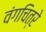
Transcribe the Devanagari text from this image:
वंगचित्रे